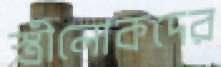
স্ত্রীলোকদের